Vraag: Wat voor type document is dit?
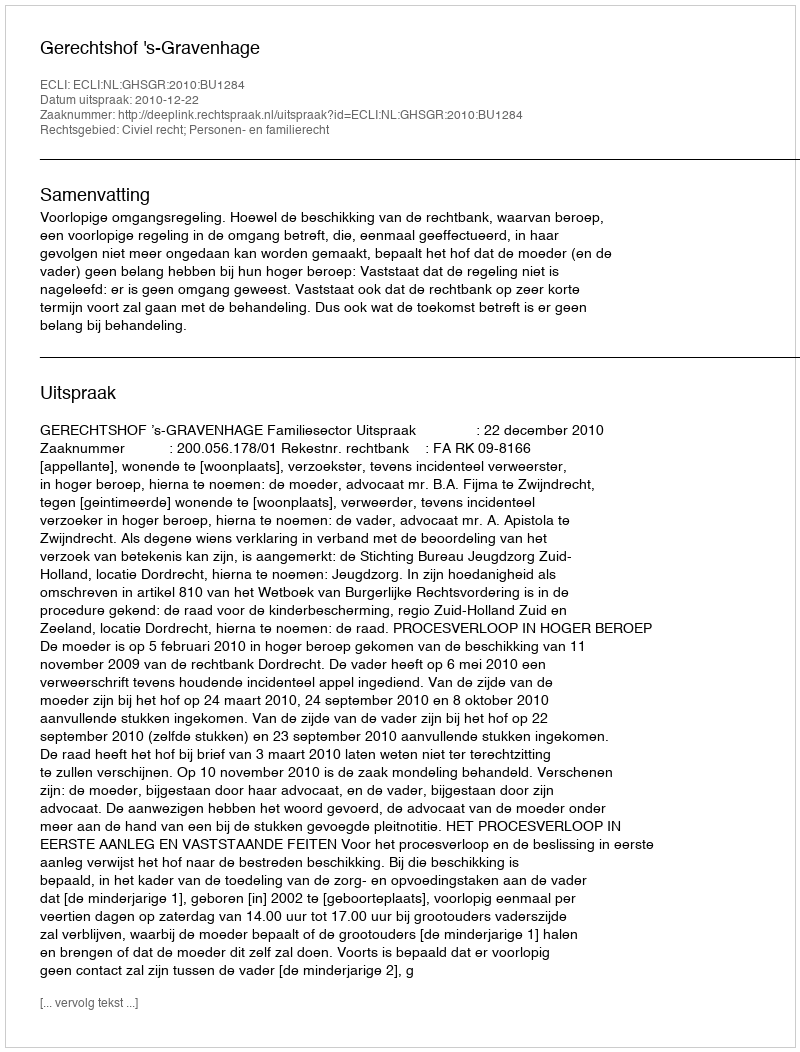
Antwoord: Uitspraak